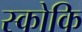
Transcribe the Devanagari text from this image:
स्कोकि